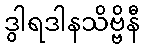
ဒွါရဒါနသိဗ္ဗိနီ